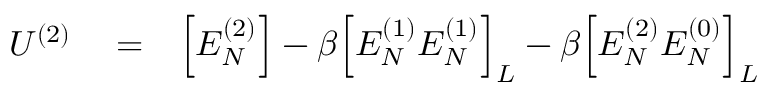
\begin{array} { r l r } { U ^ { ( 2 ) } } & { { } = } & { \Big [ E _ { N } ^ { ( 2 ) } \Big ] - \beta \Big [ E _ { N } ^ { ( 1 ) } E _ { N } ^ { ( 1 ) } \Big ] _ { L } - \beta \Big [ E _ { N } ^ { ( 2 ) } E _ { N } ^ { ( 0 ) } \Big ] _ { L } } \end{array}